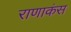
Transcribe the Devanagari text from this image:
राणाकंस